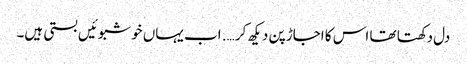
دل دکھتا تھا اس کا اجاڑ پن دیکھ کر …. اب یہاں خوشبوئیں بستی ہیں۔